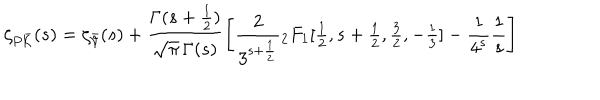
{ \zeta _ { P \bar { \cal K } } } ( s ) = \zeta _ { \bar { \cal V } } ( s ) + \frac { \Gamma ( s + \frac { 1 } { 2 } ) } { \sqrt { \pi } \, \Gamma ( s ) } \left[ \frac { 2 } { 3 ^ { s + \frac { 1 } { 2 } } } { } _ { 2 } F _ { 1 } [ { \textstyle \frac { 1 } { 2 } } , { s + \textstyle \frac { 1 } { 2 } } , { \textstyle \frac { 3 } { 2 } } , - { \textstyle \frac { 1 } { 3 } } ] - \frac { 1 } { 4 ^ { s } } \frac { 1 } { s } \right]